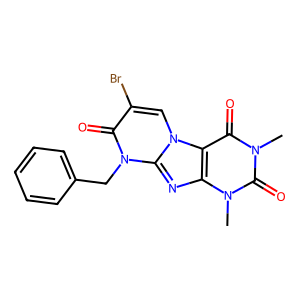
SMILES: Cn1c(=O)c2c(nc3n(Cc4ccccc4)c(=O)c(Br)cn23)n(C)c1=O
Inhibits HIV replication: No